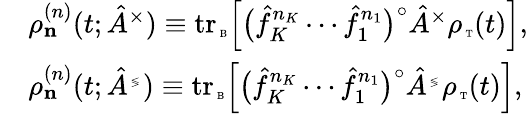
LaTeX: \begin{array}{rl}&{\rho_{\mathbf n}^{(n)}(t;\hat{A}^{\times})\equiv\mathrm{tr}_{\mathrm{\tiny~B}}\Big[\big(\hat{f}_{K}^{n_{K}}\cdots\hat{f}_{1}^{n_{1}}\big)^{\circ}\hat{A}^{\times}\rho_{\mathrm{\tiny~T}}(t)\Big],}\\ &{\rho_{\mathbf n}^{(n)}(t;\hat{A}^{\mathrm{\tiny~\lessgtr~}})\equiv\mathrm{tr}_{\mathrm{\tiny~B}}\Big[\big(\hat{f}_{K}^{n_{K}}\cdots\hat{f}_{1}^{n_{1}}\big)^{\circ}\hat{A}^{\mathrm{\tiny~\lessgtr~}}\rho_{\mathrm{\tiny~T}}(t)\Big],}\end{array}